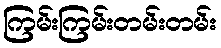
ကြမ်းကြမ်းတမ်းတမ်း